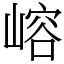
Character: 嵱